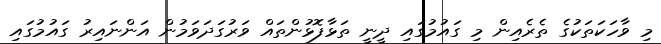
މި ވާހަކަތަކުގެ ތެރެއިން މި ގައުމުގައި ދީނީ ތަޅާފޮޅުންތައް ވަރުގަދަވަމުން އަންނައިރު ގައުމުގައި